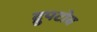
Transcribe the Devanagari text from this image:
द्रुपटोब